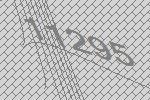
11295